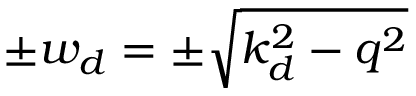
\pm w _ { d } = \pm \sqrt { k _ { d } ^ { 2 } - q ^ { 2 } }